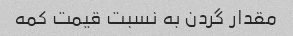
مقدار گردن به نسبت قیمت کمه